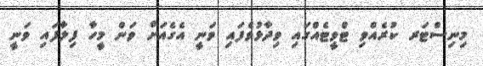
މިނިސްޓަރ ކުރެއްވި ޓްވީޓެއްގައި ވިދާޅުވެފައި ވަނީ އެގެއަށް ވަން މީހާ ފިލާފައި ވަނީ